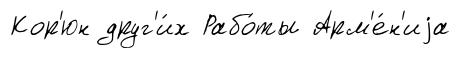
Кор'юн друг'и́х Рабо́ты Арм'е́н'иjа